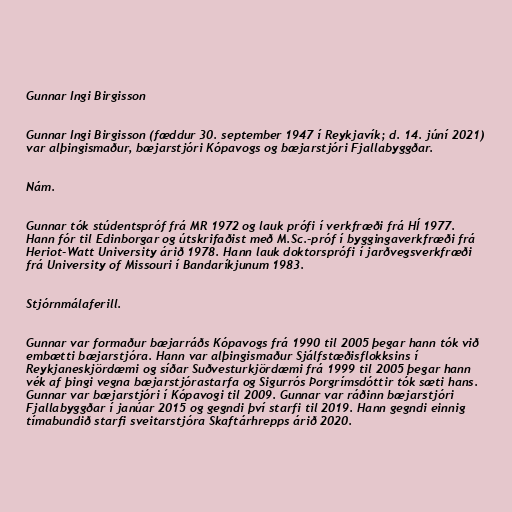
Gunnar Ingi Birgisson

Gunnar Ingi Birgisson (fæddur 30. september 1947 í Reykjavík; d. 14. júní 2021)
var alþingismaður, bæjarstjóri Kópavogs og bæjarstjóri Fjallabyggðar.

Nám.

Gunnar tók stúdentspróf frá MR 1972 og lauk prófi í verkfræði frá HÍ 1977.
Hann fór til Edinborgar og útskrifaðist með M.Sc.-próf í byggingaverkfræði frá
Heriot-Watt University árið 1978. Hann lauk doktorsprófi í jarðvegsverkfræði
frá University of Missouri í Bandaríkjunum 1983.

Stjórnmálaferill.

Gunnar var formaður bæjarráðs Kópavogs frá 1990 til 2005 þegar hann tók við
embætti bæjarstjóra. Hann var alþingismaður Sjálfstæðisflokksins í
Reykjaneskjördæmi og síðar Suðvesturkjördæmi frá 1999 til 2005 þegar hann
vék af þingi vegna bæjarstjórastarfa og Sigurrós Þorgrímsdóttir tók sæti hans.
Gunnar var bæjarstjóri í Kópavogi til 2009. Gunnar var ráðinn bæjarstjóri
Fjallabyggðar í janúar 2015 og gegndi því starfi til 2019. Hann gegndi einnig
tímabundið starfi sveitarstjóra Skaftárhrepps árið 2020.